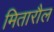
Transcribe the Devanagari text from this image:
मितारौल